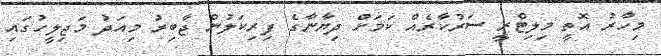
މިހާރު އޮތީ މިލިޓްރީ ސަރުކާރެއް ކަމަށް ދިޔާނާގެ ފިރިކަލުން ޖާބިރު މިއަދު މަޖިލީހުގައި